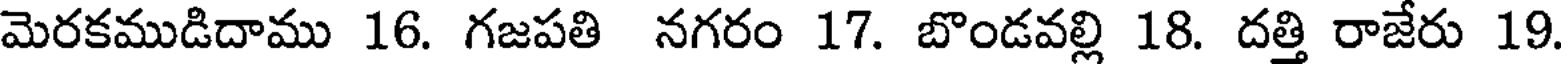
మెరకముడిదాము 16. గజపతి నగరం 17. బొండవల్లి 18. దత్తి రాజేరు 19